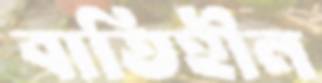
বাতিহীন